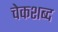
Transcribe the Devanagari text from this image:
चेकशब्द